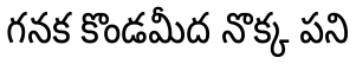
గనక కొండమీద నొక్క పని